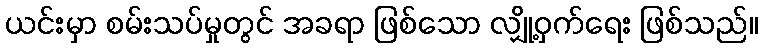
ယင်းမှာ စမ်းသပ်မှုတွင် အခရာ ဖြစ်သော လျှို့ဝှက်ရေး ဖြစ်သည်။